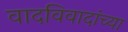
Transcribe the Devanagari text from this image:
वादविवादांच्या